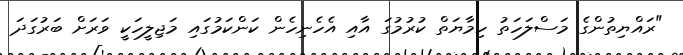
"ރައްޔިތުންގެ މަސްލަހަތު ހިމާޔަތް ކުރުމުގަ އާއި އެހެނިހެން ކަންކަމުގައި މަޖިލީހަކީ ވަރަށް ބަރުގަދަ